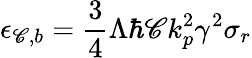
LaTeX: \epsilon_{\mathscr{C},b}=\frac{{3}}{{4}}\Lambda\hbar\mathscr{C}k_{p}^{2}\gamma^{2}\sigma_{r}